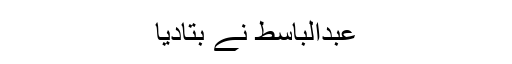
عبدالباسط نے بتادیا